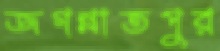
জগন্নাতপুর